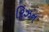
રિઝન